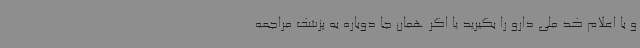
و با اعلام کد ملی دارو را بگیرید یا اگر همان جا دوباره به پزشک مراجعه